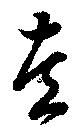
左